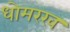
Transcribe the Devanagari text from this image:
धोमरख